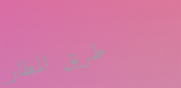
طريق المطار